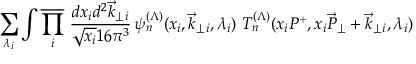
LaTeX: \sum _ { \lambda _ { i } } \int \overline { { { \prod _ { i } } } } \ { \frac { d x _ { i } d ^ { 2 } \vec { k } _ { \perp } { } _ { i } } { \sqrt { x _ { i } } 1 6 \pi ^ { 3 } } } \, \psi _ { n } ^ { ( \Lambda ) } ( x _ { i } , \vec { k } _ { \perp } { } _ { i } , \lambda _ { i } ) \ T _ { n } ^ { ( \Lambda ) } ( x _ { i } P ^ { + } , x _ { i } \overrightarrow P _ { \perp } + \vec { k } _ { \perp } { } _ { i } , \lambda _ { i } )